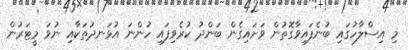
މި އިސްލާހުގައި ބުނެފައިވާގޮތުން ވަށައިގެން ބަންދު ކުރެވިފައި ހުންނަ އުޅަނދުތަކާއި ނުވަ މީޓަރުން